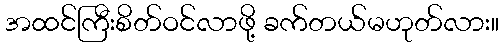
အထင်ကြီးစိတ်ဝင်လာဖို့ ခက်တယ်မဟုတ်လား။